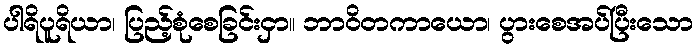
ပါရိပူရိယာ၊ ပြည့်စုံစေခြင်းငှာ။ ဘာဝိတကာယော၊ ပွားစေအပ်ပြီးသော